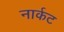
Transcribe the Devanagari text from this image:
नार्कट